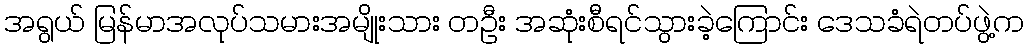
အရွယ် မြန်မာအလုပ်သမားအမျိုးသား တဦး အဆုံးစီရင်သွားခဲ့ကြောင်း ဒေသခံရဲတပ်ဖွဲ့က